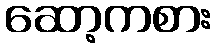
ဆော့ကစား